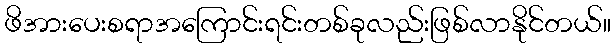
ဖိအားပေးစရာအကြောင်းရင်းတစ်ခုလည်းဖြစ်လာနိုင်တယ်။